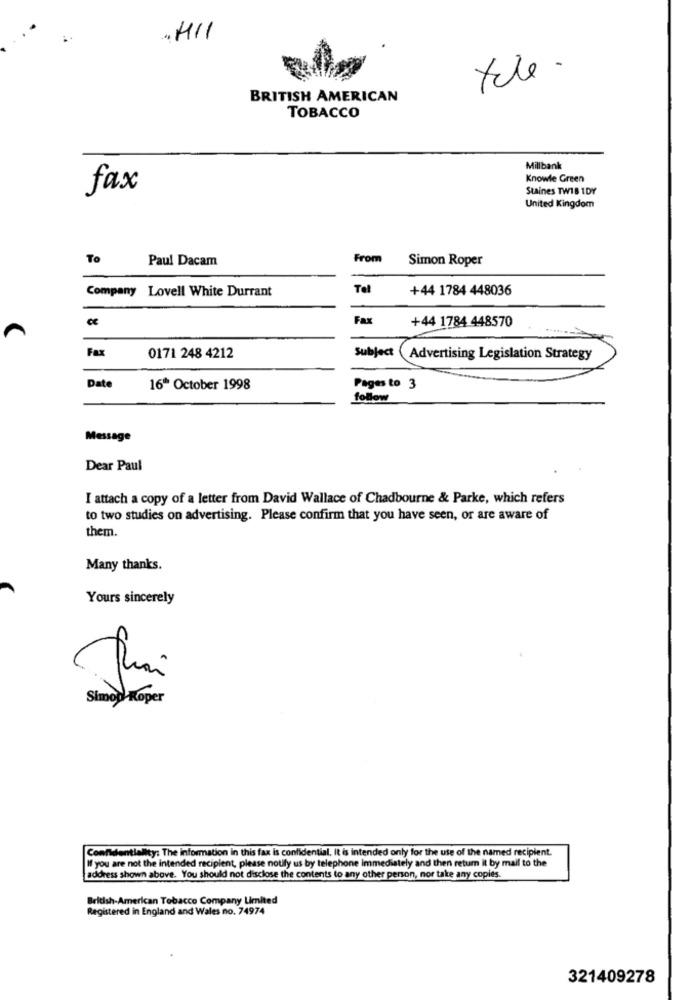
„ HII
BRITISH AMERICAN
TOBACCO
Millbank
Knowle Green
fax
Staines TW18 1DY
United Kingdom
To
Paul Dacam
From
Simon Roper
Company Lovell White Durrant
Tel
+44 1784 448036
ce
Fax
+44 1784 448570
Fax
Subject
0171 248 4212
Advertising Legislation Strategy
Date
16* October 1998
Pages to 3
follow
Message
Dear Paul
I attach a copy of a letter from David Wallace of Chadbourne & Parke, which refers
to two studies on advertising. Please confirm that you have seen, or are aware of
them.
Many thanks.
Yours sincerely
Simop Koper
Confidentiality: The information in this fax is confidential. It is intended only for the use of the named recipient.
If you are not the intended recipient, please notify us by telephone Immediately and then retum it by mail to the
address shown above. You should not disclose the contents to any other person, nor take any copies.
British-American Tobacco Company Limited
Registered in England and Wales no. 74974
321409278